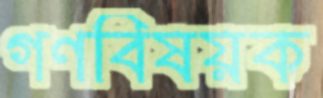
গণবিষয়ক